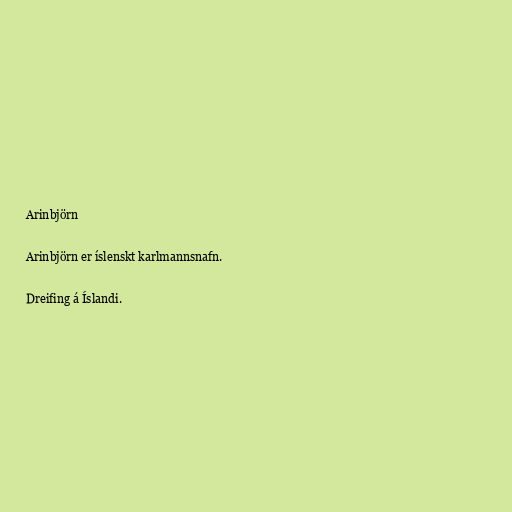
Arinbjörn

Arinbjörn er íslenskt karlmannsnafn.

Dreifing á Íslandi.